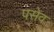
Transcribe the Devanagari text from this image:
पसेव